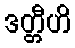
ဒတ္တီဟိ